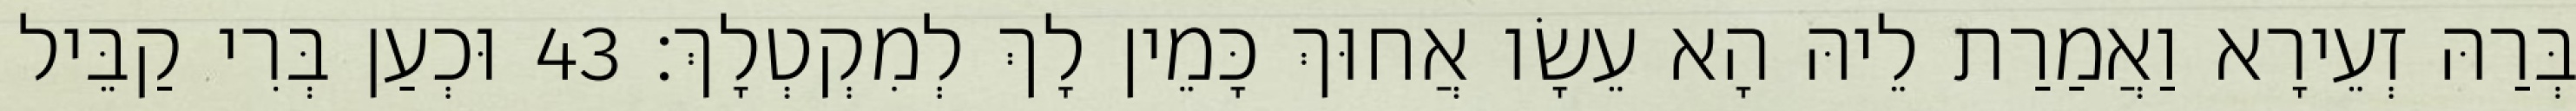
בְּרַהּ זְעֵירָא וַאֲמַרַת לֵיהּ הָא עֵשָׂו אֲחוּךְ כָּמֵין לָךְ לְמִקְטְלָךְ׃ 43 וּכְעַן בְּרִי קַבֵּיל